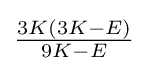
{\tfrac {3K(3K-E)}{9K-E}}